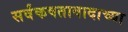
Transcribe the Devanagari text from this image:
सर्वंकषतावादाच्या